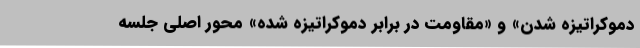
دموکراتیزه شدن» و «مقاومت در برابر دموکراتیزه شده» محور اصلی جلسه